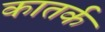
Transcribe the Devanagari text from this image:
कातर्क